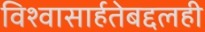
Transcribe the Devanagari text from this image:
विश्‍वासार्हतेबद्दलही